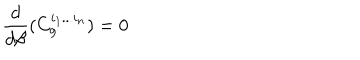
LaTeX: \frac { d } { d \beta } ( C _ { g } ^ { i _ { 1 } . . . i _ { n } } ) = 0